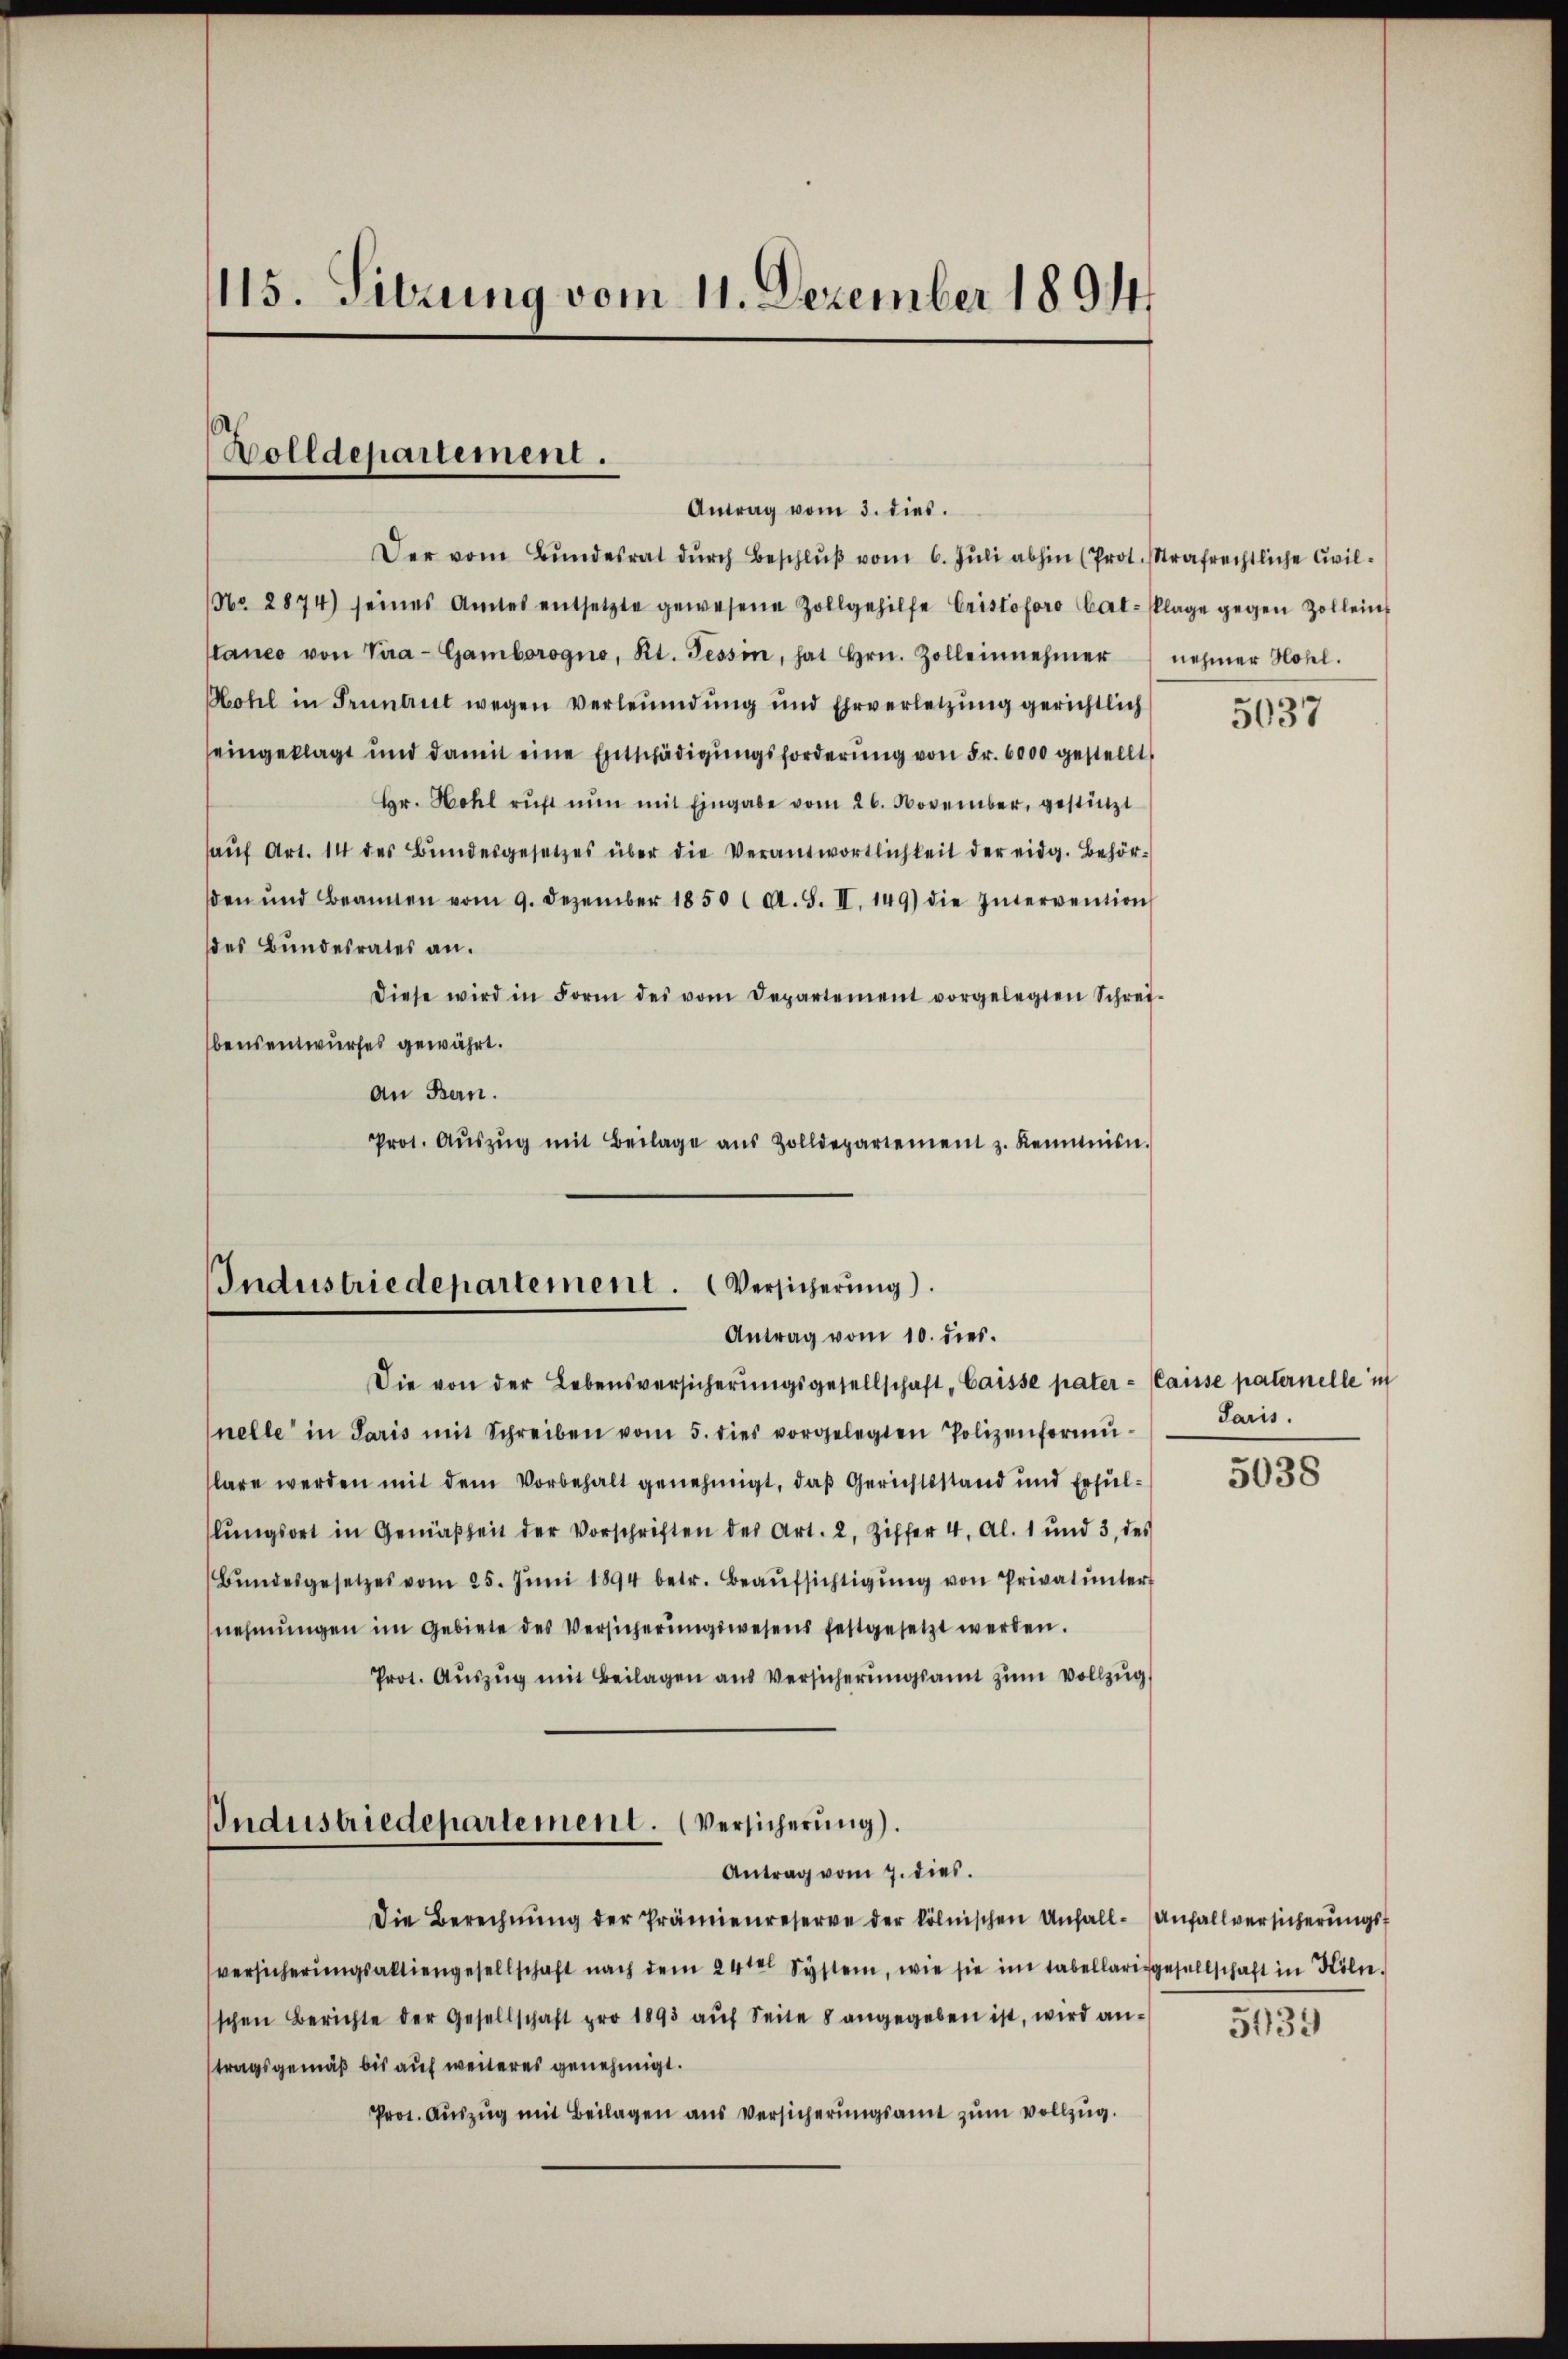
115. Sitzung vom 11. Dezember 1894

Wolldepartement.
Antrag vom 3. dies.

Der vom Bundesrat durch Beschluß vom 6. Juli abhin (Prot. Strafrechtliche Civil¬
No. 2874) seines Amtes entsetzte gewesene Zollgehilfe Cristoforo Cal-Klage gegen Zollein
lanco von Vira- Gamborogno, Kt. Tessin, hat Hrn. Zolleinnehmer nehmer Hohl.
Mohl in Gründet wegen verleumdung und Ehrverletzŭng gerichtlich
seingeklagt und damit eine Entschädigungsforderung von Fr. 6000 gestellt
Hr. Hohl ruft nun mit Eingabe vom 26. November, gestützt
haŭf Art. 14 des Bŭndesgesetzes über die Verantwortlichkeit der eidg. Behör-
sen und Beamten vom 9. Dezember 1850 (A. S. II. 149) die Intervention
des Bundesrates an.
diese wird in Form des vom Departement vorgelegten Schrei-
bensentwurfes gewährt.
An Bern.
Prot. Aŭszŭg mit Beilage aus Zolldepartement z. Kenntin.

Industriedepartement. Versicherung).
Antrag vom 10. dies.
Die von der Lebensversicherŭngsgesellschaft "Caisse pater - (Caisse paternelle in

Antrag vom 7. dies

nelle in Paris mit Schreiben vom 5. dies vorgelegten Polizenformŭ
lare werden mit dem Vorbehalt genehmigt, daß Gerichtsstand und Erfüllŭngsort in Gemäßheit der Vorschriften des Art. 2. Ziffer 4. Al. 1 und 3 des
Bŭndesgesetzes vom 25. Jŭni 1894 betr. Beaŭfsichtigŭng von Privatunter
nehmungen im Gebiete des Versicherŭngswesens festgesetzt werden.
Prot. Auszug mit Beilagen aus Versicherungsamt zum Vollzug
Industriedepartement. (Versicherung).

Die Berechnŭng der Prämienreserve der kölnischen Unfall- Anfallversicherungsversicherungsaktiengesellschaft nach dem 24ten System, wie sie im Tabellariggesellschaft in Köln
schen Berichte der Gesellschaft pro 1893 aŭf Seite 8 angegeben ist, wird antragsgemäß bis auf weiteres genehmigt.
Prot. Auszug mit Beilagen aus Versicherungsamt zum vollzug.

5037

Paris.

5038

5139